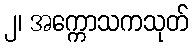
၂၊ အက္ကောသကသုတ်